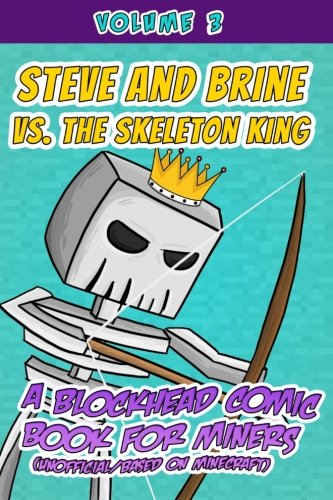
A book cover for Steve and Brine vs. the Skeleton King: A Blockhead Comic Book for Miners (Unofficial/Based on Minecraft) (Volume 3); Jamison Donovan; Humor & Entertainment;